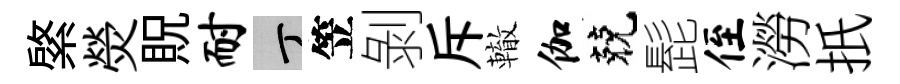
綮熒貺耐丁笠剝斥轍伽兢髭侄澇扺